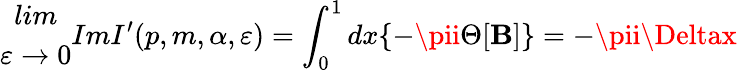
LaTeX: \begin{array}{c}{{lim}}\\ {{\varepsilon\rightarrow 0}}\end{array}ImI^{\prime}(p,m,\alpha,\varepsilon)=\int_{0}^{1}dx\{ -\pii\Theta[\mathbf{B}]\} =-\pii\Deltax